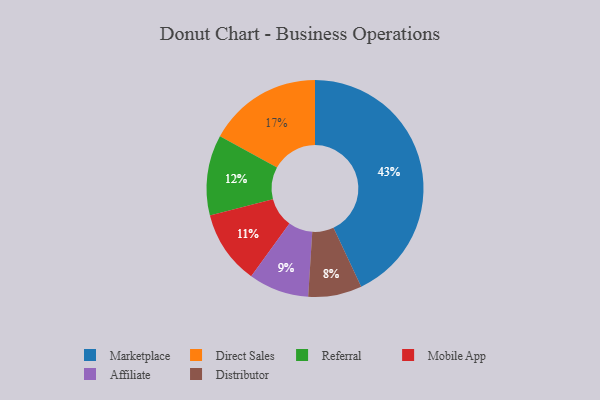
{"axis": {"x": "Category", "y": "Percentage"}, "legend": ["Affiliate", "Direct Sales", "Distributor", "Marketplace", "Mobile App", "Referral"], "data": [{"x": "Direct Sales", "y": 17, "type": "Direct Sales"}, {"x": "Mobile App", "y": 11, "type": "Mobile App"}, {"x": "Marketplace", "y": 43, "type": "Marketplace"}, {"x": "Distributor", "y": 8, "type": "Distributor"}, {"x": "Referral", "y": 12, "type": "Referral"}, {"x": "Affiliate", "y": 9, "type": "Affiliate"}]}